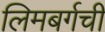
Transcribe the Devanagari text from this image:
लिमबर्गची